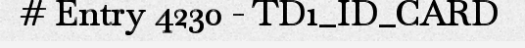
# Entry 4230 - TD1_ID_CARD